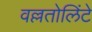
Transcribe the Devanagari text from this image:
वल्लतोलिंटे